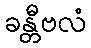
ခန္တီဗလံ